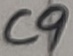
Text: C9